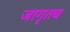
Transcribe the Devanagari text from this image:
जागृतच